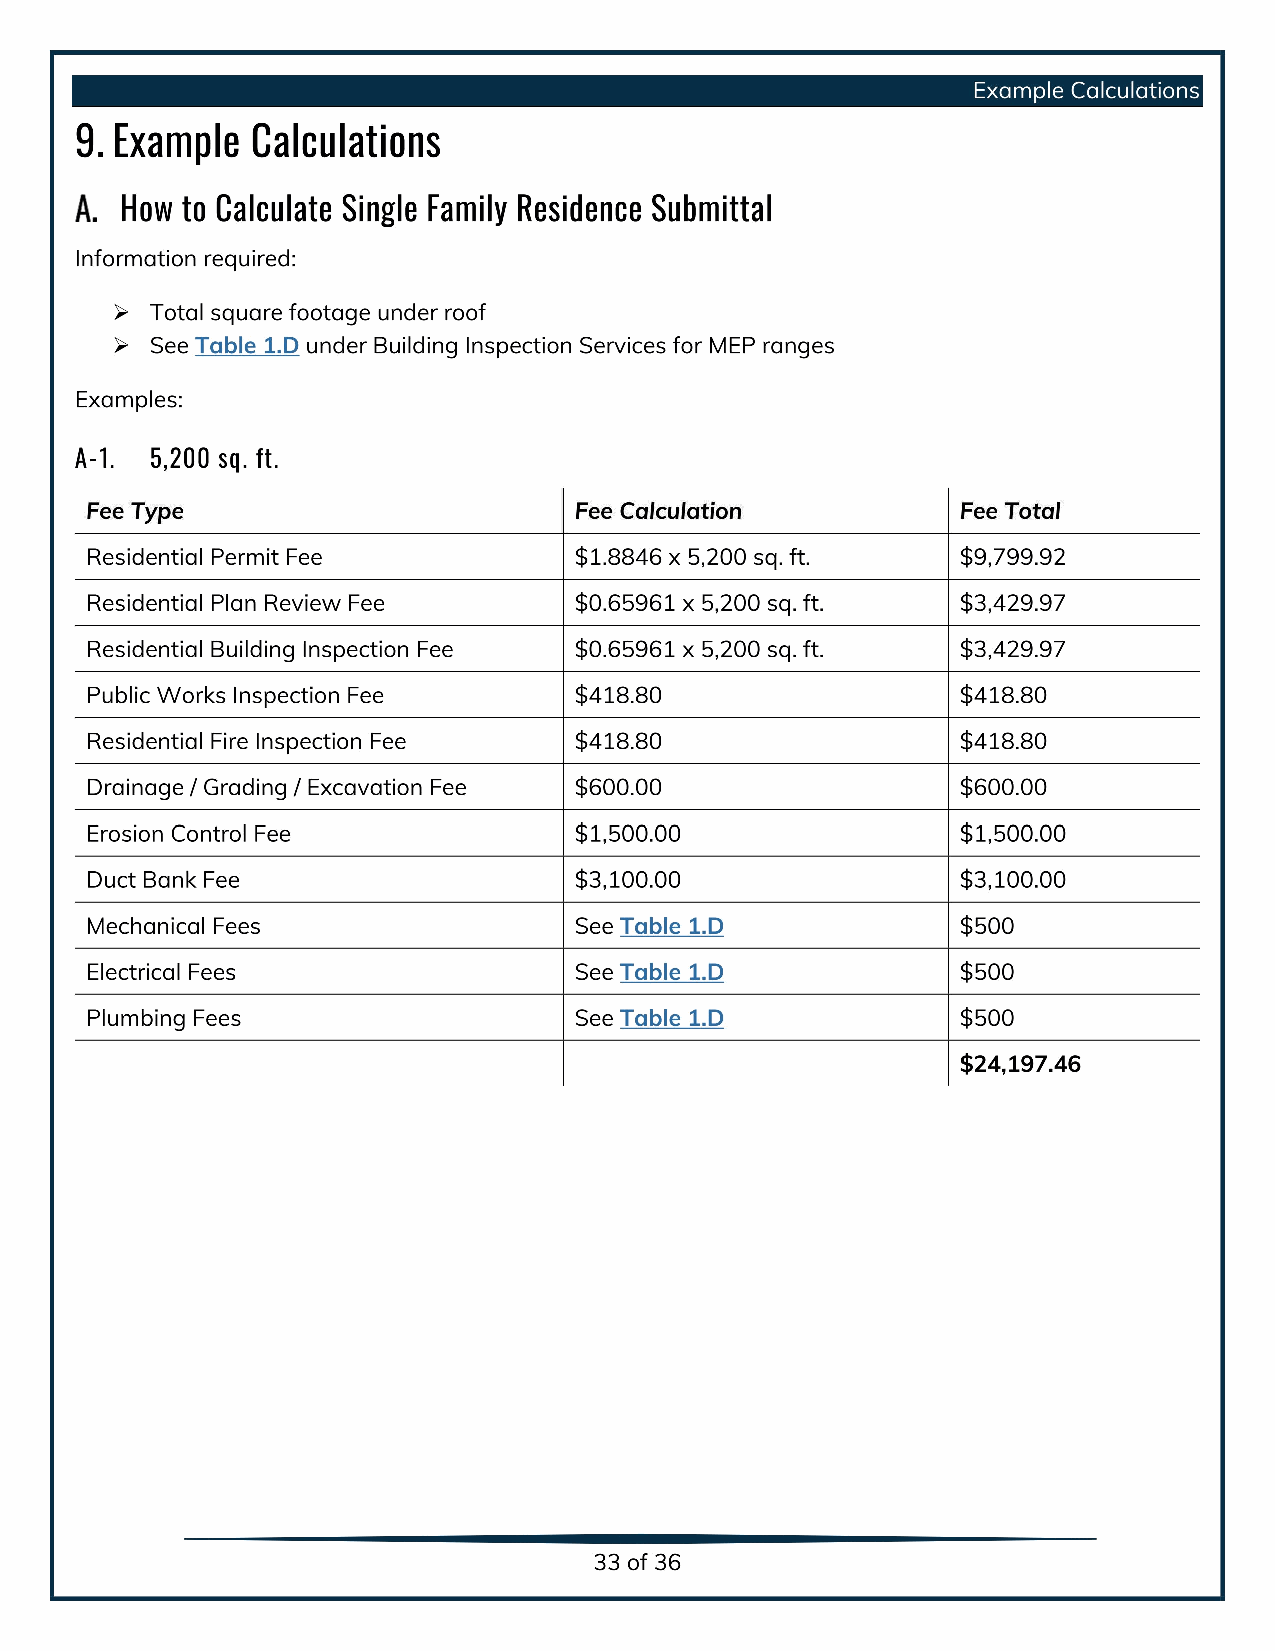
Example Calculations
 9. Example  Calculations
 How to Calculate Single Family Residence Submittal
 Information required:
 Total square footage under roof
 See Table 1.D under Building Inspection Services for MEP ranges
 Examples:
 A-1. 5,200 sq. ft.
 Fee Type                        Fee Calculation           Fee Total
 Residential Permit Fee $         1.8846 x5,200 sq. ft. $  9,799.92
 Residential Plan Review Fee $    0.65961 x5,200 sq. ft. $ 3,429.97
 Residential Building Inspection Fee $ 0.65961 x5,200 sq. ft. $ 3,429.97
 Public Works Inspection Fee $    418.80 $                 418.80
 Residential Fire Inspection Fee $ 418.80 $                418.80
 Drainage / Grading / Excavation Fee $ 600.00 $            600.00
 Erosion Control Fee $            1,500.00 $               1,500.00
 Duct Bank Fee $                  3,100.00 $               3,100.00
 Mechanical Fees                 See Table 1.D $           500
 Electrical Fees                 See Table 1.D $           500
 Plumbing Fees                   See Table 1.D $           500
 24,197.46
 33of36